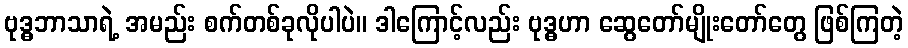
ဗုဒ္ဓဘာသာရဲ့ အမည်း စက်တစ်ခုလိုပါပဲ။ ဒါကြောင့်လည်း ဗုဒ္ဓဟာ ဆွေတော်မျိုးတော်တွေ ဖြစ်ကြတဲ့